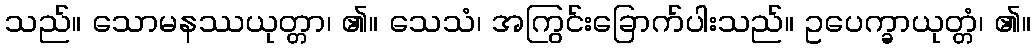
သည်။ သောမနဿယုတ္တာ၊ ၏။ သေသံ၊ အကြွင်းခြောက်ပါးသည်။ ဥပေက္ခာယုတ္တံ၊ ၏။